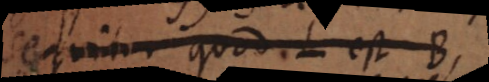
sequitur quod L est B,